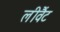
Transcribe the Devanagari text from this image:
लीवैंट